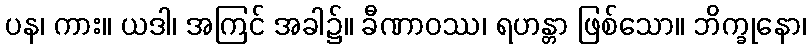
ပန၊ ကား။ ယဒါ၊ အကြင် အခါ၌။ ခီဏာဝဿ၊ ရဟန္တာ ဖြစ်သော။ ဘိက္ခုနော၊